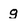
Character: g